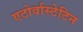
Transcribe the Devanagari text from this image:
एटोर्वास्टेटिन